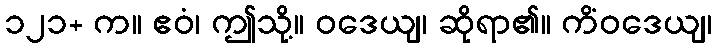
၁၂၁+ က။ ဧဝံ၊ ဤသို့။ ဝဒေယျ၊ ဆိုရာ၏။ ကိံဝဒေယျ၊